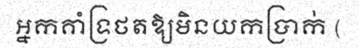
អ្នកគាំទ្រថតឱ្យមិនយកប្រាក់ (